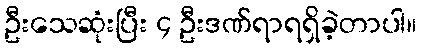
ဦးသေဆုံးပြီး ၄ ဦးဒဏ်ရာရရှိခဲ့တာပါ။